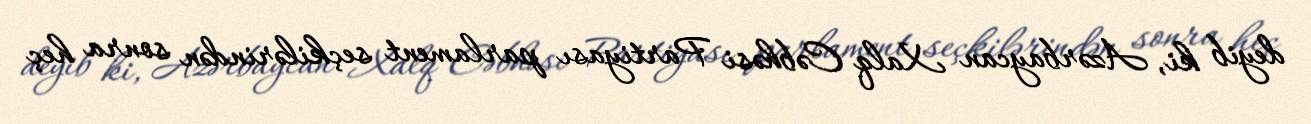
deyib ki, Azərbaycan Xalq Cəbhəsi Partiyası parlament seçkilərindən sonra heç